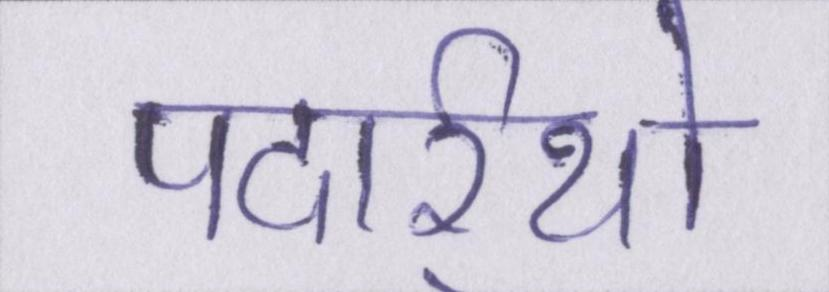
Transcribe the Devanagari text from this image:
पदार्र्थो